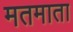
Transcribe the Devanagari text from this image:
मतमाता